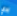
لدي